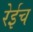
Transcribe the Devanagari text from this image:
रेईच